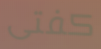
كفتى